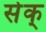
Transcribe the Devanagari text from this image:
सेक्